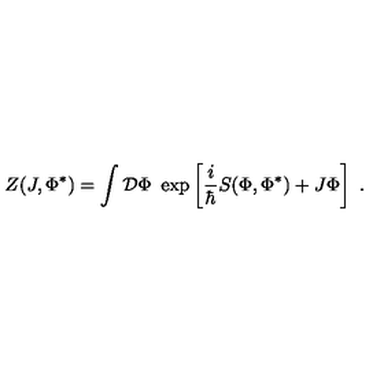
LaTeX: Z ( J , \Phi ^ { * } ) = \int { \cal D } \Phi \ \exp \left[ \frac { i } { \hbar } S ( \Phi , \Phi ^ { * } ) + J \Phi \right] \ .